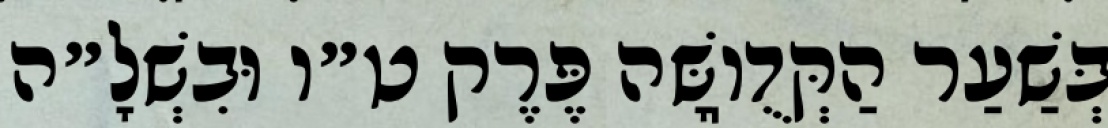
בְּשַׁעַר הַקְּדֻוֽשָּׁה פֶּרֶק ט״ו וּבִשְׁלָ״ה